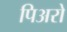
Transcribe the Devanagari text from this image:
पिअरो